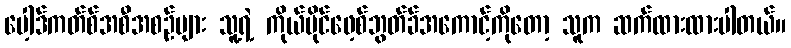
ပေါ့ဒ်ကတ်စ်အစီအစဉ်များ သူ့ရဲ့ ကိုယ်ပိုင်ဖေ့စ်ဘွတ်ခ်အကောင့်ကိုတော့ သူက ဆက်ထားထားပါတယ်။